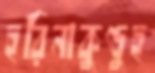
হরিনাকুণ্ডুহ